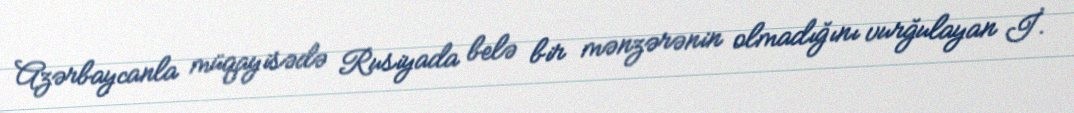
Azərbaycanla müqayisədə Rusiyada belə bir mənzərənin olmadığını vurğulayan İ.